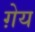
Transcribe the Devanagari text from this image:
ग़ेय